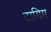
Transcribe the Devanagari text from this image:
टायिम